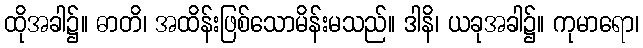
ထိုအခါ၌။ ဓာတိ၊ အထိန်းဖြစ်သောမိန်းမသည်။ ဒါနိ၊ ယခုအခါ၌။ ကုမာရော၊